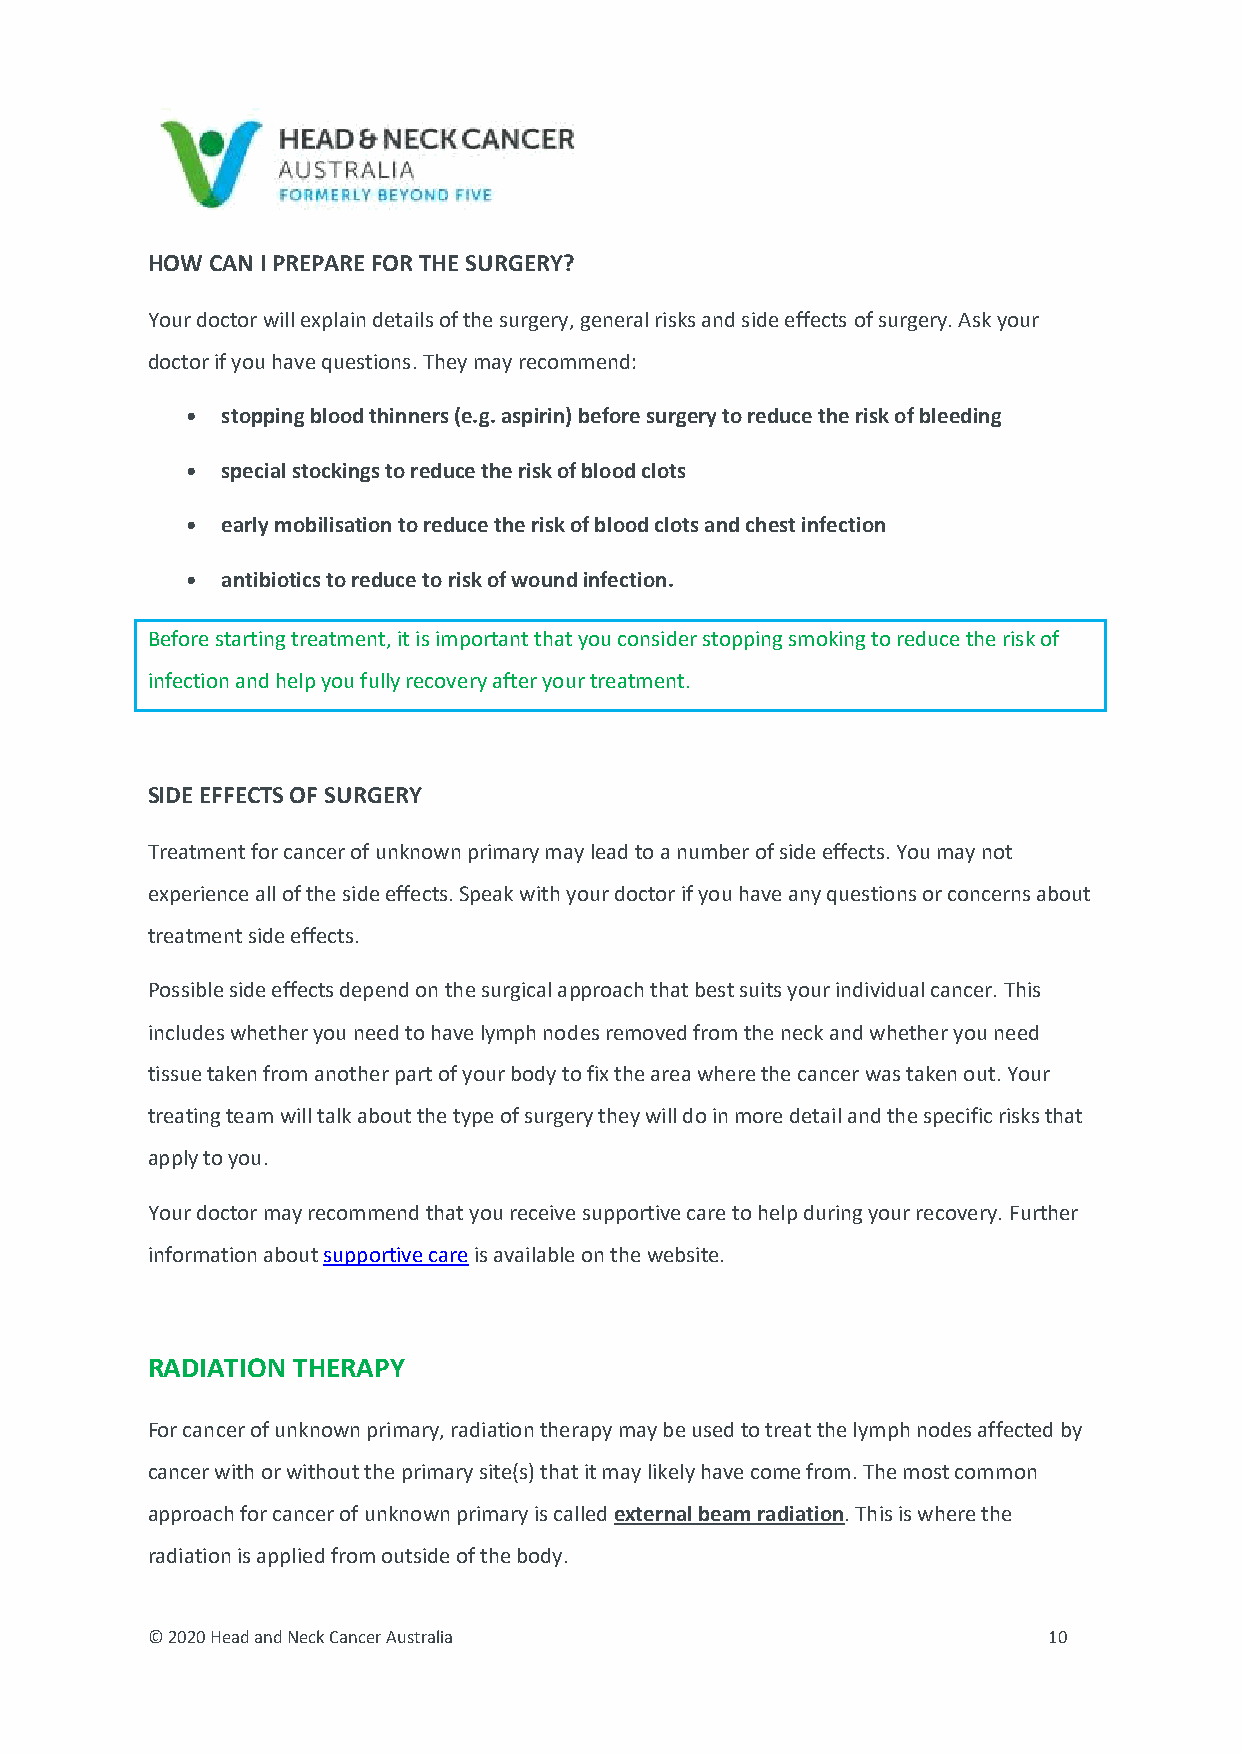
HOW CAN I PREPARE FOR THE SURGERY?
 Your doctor will explain details of the surgery, general risks and side effects of surgery. Ask your
 doctor if you have questions. They may recommend:
 •  stopping blood thinners (e.g. aspirin) before surgery to reduce the risk of bleeding
 •  special stockings to reduce the risk of blood clots
 •  early mobilisation to reduce the risk of blood clots and chest infection
 •  antibiotics to reduce to risk of wound infection.
 Before starting treatment, it is important that you consider stopping smoking to reduce the risk of
 infection and help you fully recovery after your treatment.
 SIDE EFFECTS OF SURGERY
 Treatment for cancer of unknown primary may lead to a number of side effects. You may not
 experience all of the side effects. Speak with your doctor if you have any questions or concerns about
 treatment side effects.
 Possible side effects depend on the surgical approach that best suits your individual cancer. This
 includes whether you need to have lymph nodes removed from the neck and whether you need
 tissue taken from another part of your body to fix the area where the cancer was taken out. Your
 treating team will talk about the type of surgery they will do in more detail and the specific risks that
 apply to you.
 Your doctor may recommend that you receive supportive care to help during your recovery. Further
 information about supportive care is available on the website.
 RADIATION THERAPY
 For cancer of unknown primary, radiation therapy may be used to treat the lymph nodes affected by
 cancer with or without the primary site(s) that it may likely have come from. The most common
 approach for cancer of unknown primary is called external beam radiation. This is where the
 radiation is applied from outside of the body.
 © 2020 Head and Neck Cancer Australia                      10